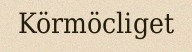
Körmöcliget